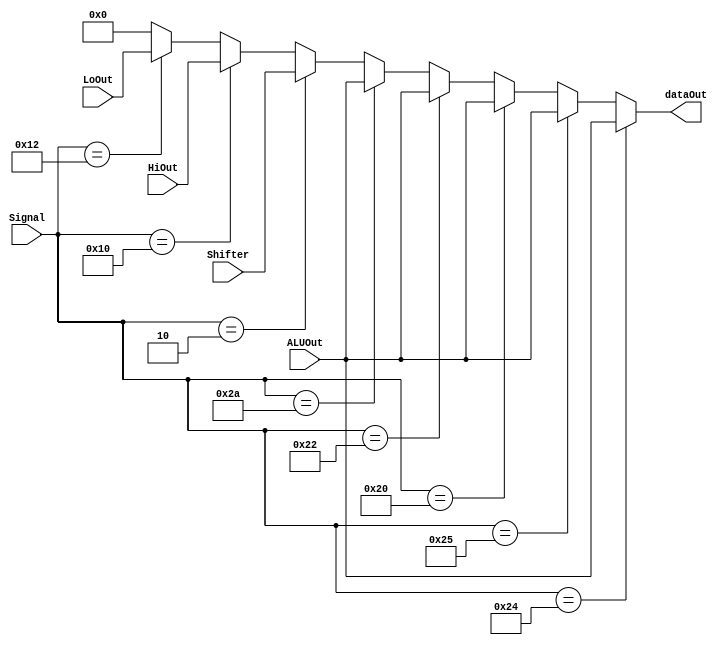
module ALUMUX( ALUOut, HiOut, LoOut, Shifter, Signal, dataOut );
input [31:0] ALUOut ;
input [31:0] HiOut ;
input [31:0] LoOut ;
input [31:0] Shifter ;
input [5:0] Signal ;
output [31:0] dataOut ;


wire [31:0] temp ;

parameter AND = 6'b100100;
parameter OR  = 6'b100101;
parameter ADD = 6'b100000;
parameter SUB = 6'b100010;
parameter SLT = 6'b101010;
parameter SRL = 6'b000010;
parameter DIVU= 6'b011011;
parameter MFHI= 6'b010000;
parameter MFLO= 6'b010010;

  assign temp = (Signal == AND)? ALUOut:
				(Signal == OR)? ALUOut :
				(Signal == ADD)? ALUOut :
				(Signal == SUB)? ALUOut :
				(Signal == SLT)? ALUOut :
				(Signal == SRL)? Shifter :
				  
				(Signal == MFHI)? HiOut :
				(Signal == MFLO)? LoOut :
				32'd0;
				  

 assign dataOut = temp ;

endmodule